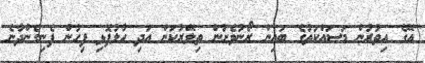
އޭގެ އިތުރުން މަސައްކަތުގެ ބައިން ރޯނުވެށުން ތިލޭރުކަން އަދި ހާލުފޮޅި ފިހުން ފެނިގެންދާނެ